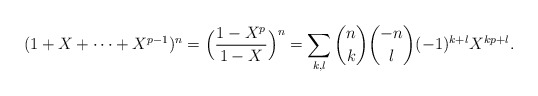
\begin{align*}(1+X+\cdots+X^{p-1})^n=\Bigl(\frac{1-X^p}{1-X}\Bigr)^n=\sum_{k,l}\binom nk\binom{-n}l(-1)^{k+l}X^{kp+l}.\end{align*}